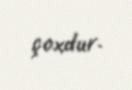
çoxdur.